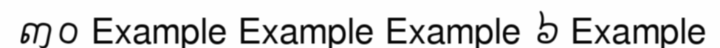
៣០ Example Example Example ៦ Example